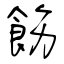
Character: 飭